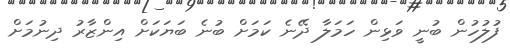
ފުލުހުން ބުނީ ވަޅިން ހަމަލާ ދޭނެ ކަމަށް ބުނެ ބަޔަކަށް އިންޒާރު ދިނުމަށް